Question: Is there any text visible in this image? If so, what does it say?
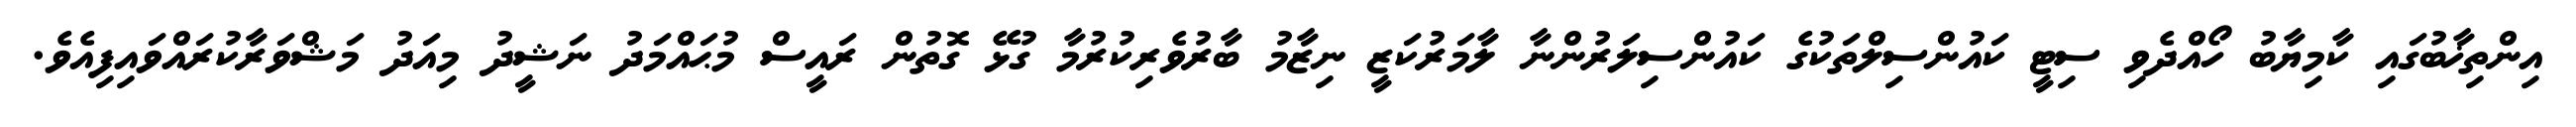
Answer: އިންތިޚާބުގައި ކާމިޔާބު ހޯއްދެވި ސިޓީ ކައުންސިލްތަކުގެ ކައުންސިލަރުންނާ ލާމަރުކަޒީ ނިޒާމު ބާރުވެރިކުރުމާ ގުޅޭ ގޮތުން ރައީސް މުޙައްމަދު ނަޝީދު މިއަދު މަޝްވަރާކުރައްވައިފިއެވެ.